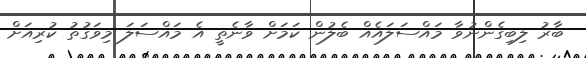
ބާރު ލިބިގެންނުވާ މައްސަލައެއް ބެލުން ކަމަށް ވާނެތީ އެ މައްސަލަ މިވަގުތު ކުރިއަށް